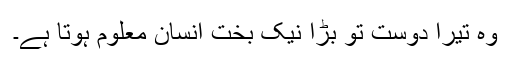
وہ تیرا دوست تو بڑا نیک بخت انسان معلوم ہوتا ہے۔